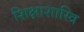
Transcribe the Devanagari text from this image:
शिक्षाशास्त्रि